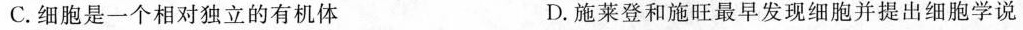
C.细胞是一个相对独立的有机体 D.施莱登和施旺最早发现细胞并提出细胞学说